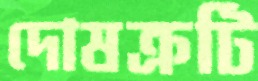
দোষক্রটি